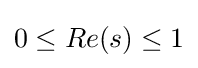
{\textstyle 0\leq Re(s)\leq 1}